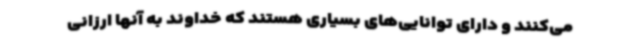
می‌کنند و دارای توانایی‌های بسیاری هستند که خداوند به آنها ارزانی